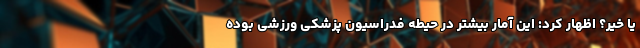
یا خیر؟ اظهار کرد: این آمار بیشتر در حیطه فدراسیون پزشکی ورزشی بوده